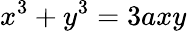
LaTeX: x^{3}+y^{3}=3axy